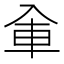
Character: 𰃚